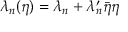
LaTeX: \lambda _ { n } ( \eta ) = \lambda _ { n } + \lambda _ { n } ^ { \prime } \bar { \eta } \eta